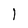
Character: l